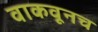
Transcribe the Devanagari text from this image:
वाकवूनच